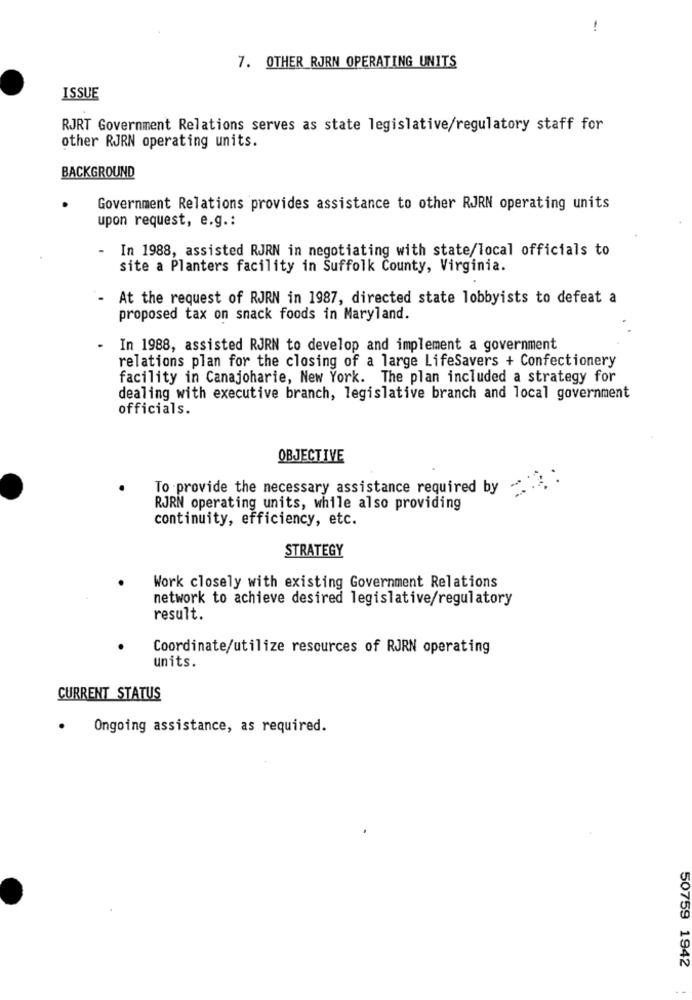
-
7. OTHER RJRN OPERATING UNITS
ISSUE
RJRT Government Relations serves as state legislative/regulatory staff for
other RJRN operating units.
BACKGROUND
Government Relations provides assistance to other RJRN operating units
upon request, e.g .:
-
In 1988, assisted RJRN in negotiating with state/local officials to
site a Planters facility in Suffolk County, Virginia.
At the request of RJRN in 1987, directed state lobbyists to defeat a
proposed tax on snack foods in Maryland.
In 1988, assisted RJRN to develop and implement a government
relations plan for the closing of a large Lifesavers + Confectionery
facility in Canajoharie, New York. The plan included a strategy for
dealing with executive branch, legislative branch and local government
officials.
OBJECTIVE
To provide the necessary assistance required by
RJRN operating units, while also providing
continuity, efficiency, etc.
STRATEGY
Work closely with existing Government Relations
network to achieve desired legislative/regulatory
result.
Coordinate/utilize resources of RJRN operating
units.
CURRENT STATUS
Ongoing assistance, as required.
50759 1942